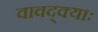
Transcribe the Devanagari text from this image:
वावद्क्याः